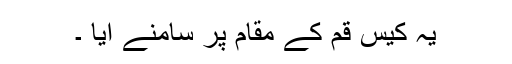
یہ کیس قم کے مقام پر سامنے آیا ۔